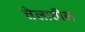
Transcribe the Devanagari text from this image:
तेलातील